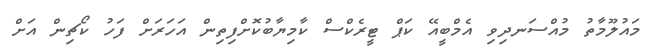
މައުލޫމާތު މުއްސަނދިވި އެމްބީއޭ ކަޕް ޓީރެކްސް ކާމިޔާބުކޮށްފިތިން އަހަރަށް ފަހު ކޯޗިން އަށް